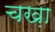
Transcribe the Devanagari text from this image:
चख़ा